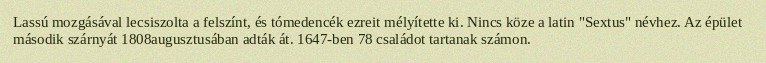
Lassú mozgásával lecsiszolta a felszínt, és tómedencék ezreit mélyítette ki. Nincs köze a latin "Sextus" névhez. Az épület második szárnyát 1808augusztusában adták át. 1647-ben 78 családot tartanak számon.